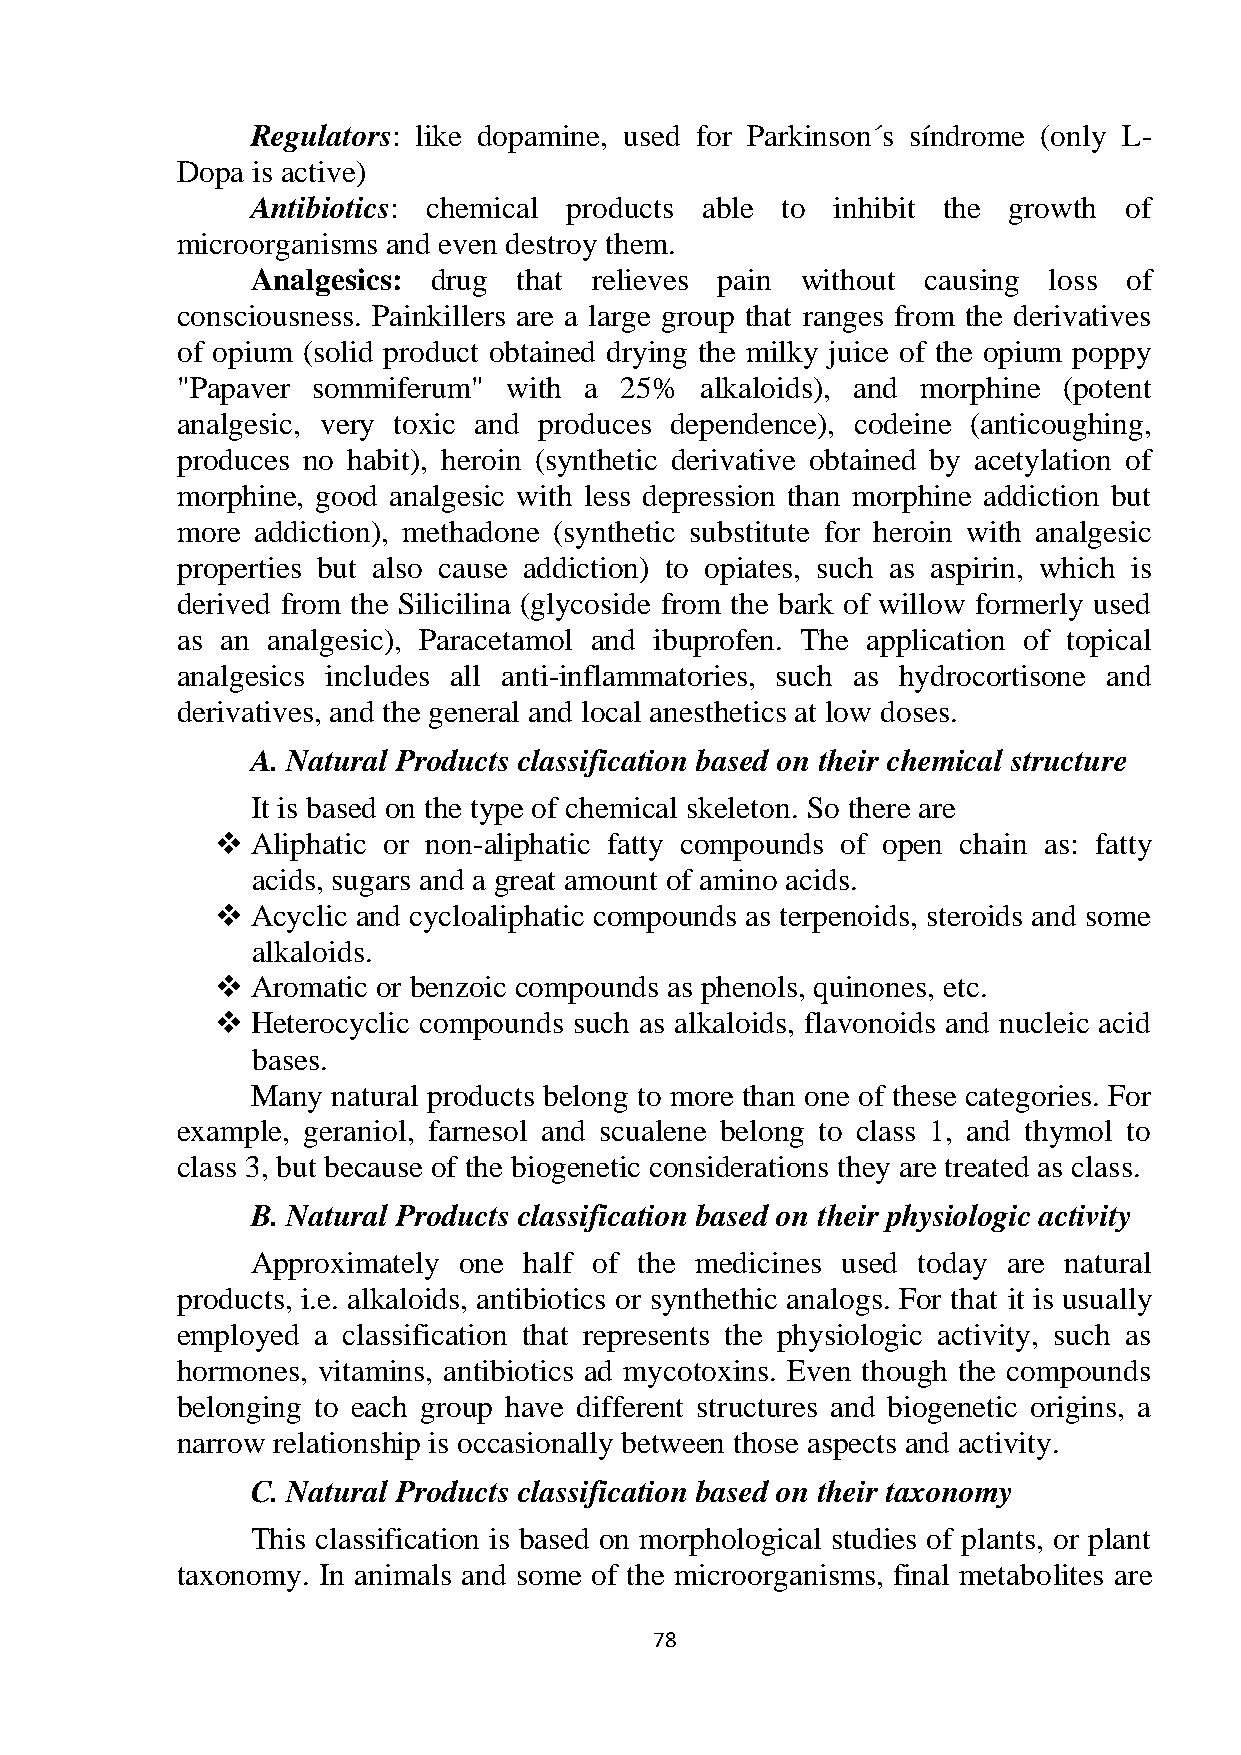
Regulators: like dopamine, used for Parkinson´s síndrome (only L-
 Dopa is active)
 Antibiotics: chemical products able to inhibit the growth of
 microorganisms and even destroy them.
 Analgesics: drug that relieves pain without causing loss  of
 consciousness. Painkillers are a large group that ranges from the derivatives
 of opium (solid product obtained drying the milky juice of the opium poppy
 "Papaver sommiferum"  with a 25%  alkaloids), and morphine (potent
 analgesic, very toxic and produces dependence), codeine (anticoughing,
 produces no habit), heroin (synthetic derivative obtained by acetylation of
 morphine, good analgesic with less depression than morphine addiction but
 more addiction), methadone (synthetic substitute for heroin with analgesic
 properties but also cause addiction) to opiates, such as aspirin, which is
 derived from the Silicilina (glycoside from the bark of willow formerly used
 as an analgesic), Paracetamol and ibuprofen. The application of topical
 analgesics includes all anti-inflammatories, such as hydrocortisone and
 derivatives, and the general and local anesthetics at low doses.
 A. Natural Products classification based on their chemical structure
 It is based on the type of chemical skeleton. So there are
   Aliphatic or non-aliphatic fatty compounds of open chain as: fatty
 acids, sugars and a great amount of amino acids.
   Acyclic and cycloaliphatic compounds as terpenoids, steroids and some
 alkaloids.
   Aromatic or benzoic compounds as phenols, quinones, etc.
   Heterocyclic compounds such as alkaloids, flavonoids and nucleic acid
 bases.
 Many natural products belong to more than one of these categories. For
 example, geraniol, farnesol and scualene belong to class 1, and thymol to
 class 3, but because of the biogenetic considerations they are treated as class.
 B. Natural Products classification based on their physiologic activity
 Approximately one half of the medicines used today are natural
 products, i.e. alkaloids, antibiotics or synthethic analogs. For that it is usually
 employed a classification that represents the physiologic activity, such as
 hormones, vitamins, antibiotics ad mycotoxins. Even though the compounds
 belonging to each group have different structures and biogenetic origins, a
 narrow relationship is occasionally between those aspects and activity.
 C. Natural Products classification based on their taxonomy
 This classification is based on morphological studies of plants, or plant
 taxonomy. In animals and some of the microorganisms, final metabolites are
 78